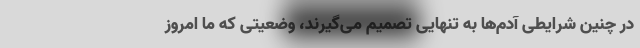
در چنین شرایطی آدم‌ها به تنهایی تصمیم می‌گیرند، وضعیتی که ما امروز